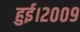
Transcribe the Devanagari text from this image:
हुई।२००९